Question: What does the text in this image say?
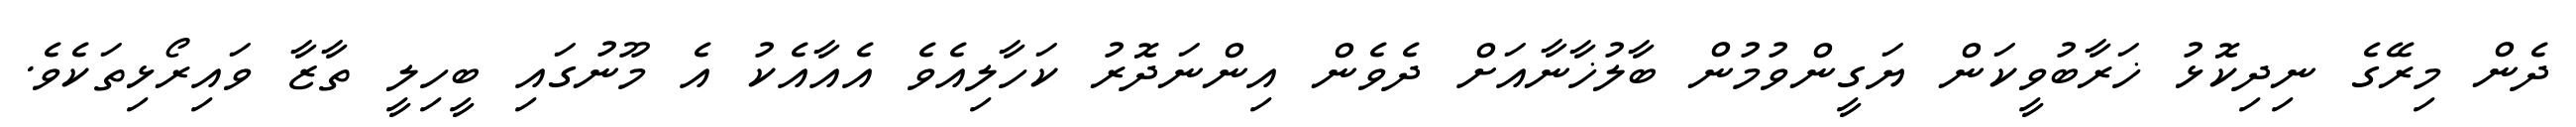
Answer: ދެން މިރޭގެ ނިދިކޮޅު ޚަރާބުވީކަން ޔަގީންވުމުން ބާލުޚާނާއަށް ދެވެން އިންނަދޮރު ކަހާލިއެވެ އެއާއެކު އެ މޫނުގައި ބީހިލީ ތާޒާ ވައިރޯޅިތަކެވެ.